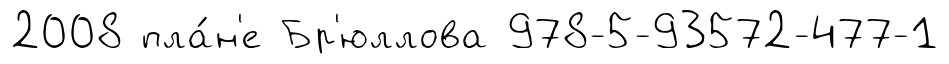
2008 пла́н'е Бр'юллова 978-5-93572-477-1